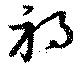
禍